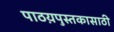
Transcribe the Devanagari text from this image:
पाठय़पुस्तकासाठी